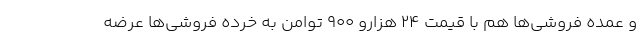
و عمده فروشی‌ها هم با قیمت ۲۴ هزارو ۹۰۰ توامن به خرده فروشی‌ها عرضه